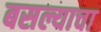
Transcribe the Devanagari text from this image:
बसल्याचा